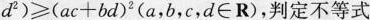
d^{2} ) ≥ ( a c + b d )^{2} ( a ，b ，c ， d ∈ R $$)，判定不等式